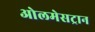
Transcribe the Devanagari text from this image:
ओलमेसट्रान